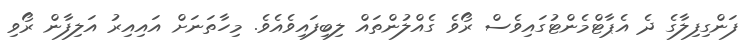
ފަންގިފިލާގެ ދެ އެޕާޓްމެންޓުގައިވެސް ރޯވެ ގެއްލުންތައް ލިބިފައިވެއެވެ. މިހާތަނަށް އައިއިރު އަލިފާން ރޯވި